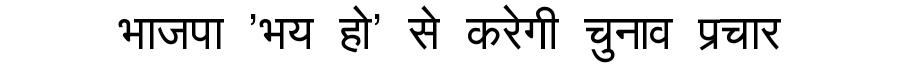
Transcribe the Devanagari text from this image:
भाजपा 'भय हो' से करेगी चुनाव प्रचार